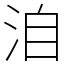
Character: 洎